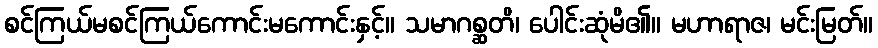
စင်ကြယ်မစင်ကြယ်ကောင်းမကောင်းနှင့်။ သမာဂစ္ဆတိ၊ ပေါင်းဆုံမိ၏။ မဟာရာဇ၊ မင်းမြတ်။